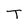
Character: T